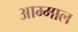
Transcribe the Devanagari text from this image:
आम्माल